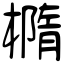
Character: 橢